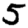
Digit: 5